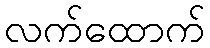
လက်ထောက်